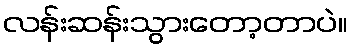
လန်းဆန်းသွားတော့တာပဲ။